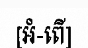
[អំ-ពើ]